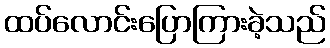
ထပ်လောင်းပြောကြားခဲ့သည်